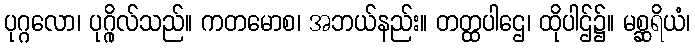
ပုဂ္ဂလော၊ ပုဂ္ဂိုလ်သည်။ ကတမောစ၊ အဘယ်နည်း။ တတ္ထပါဌေ၊ ထိုပါဌ်၌။ မစ္ဆရိယံ၊